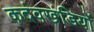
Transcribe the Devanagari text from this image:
कदंवखंडियों